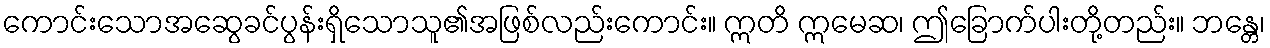
ကောင်းသောအဆွေခင်ပွန်းရှိသောသူ၏အဖြစ်လည်းကောင်း။ ဣတိ ဣမေဆ၊ ဤခြောက်ပါးတို့တည်း။ ဘန္တေ၊